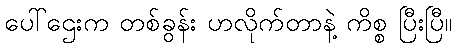
ပေါ်ဌေးက တစ်ခွန်း ဟလိုက်တာနဲ့ ကိစ္စ ပြီးပြီ။